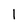
Character: 1